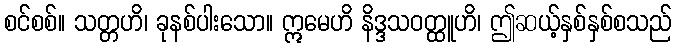
စင်စစ်။ သတ္တဟိ၊ ခုနစ်ပါးသော။ ဣမေဟိ နိဒ္ဒသဝတ္ထူဟိ၊ ဤဆယ့်နှစ်နှစ်စသည်